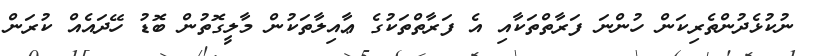
ނުކުޅެދުންތެރިކަން ހުންނަ ފަރާތްތަކާއި އެ ފަރާތްތަކުގެ ޢާއިލާތަކުން މާލީގޮތުން ބޮޑު ހޭދައެއް ކުރަން